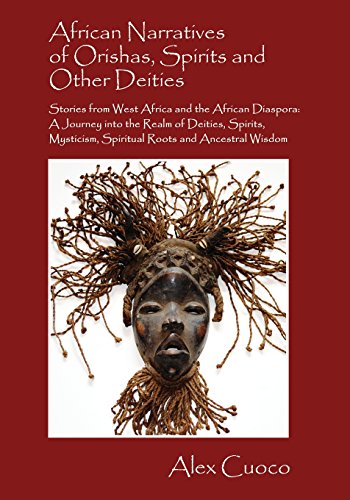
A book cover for African Narratives of Orishas, Spirits and Other Deities - Stories from West Africa and the African Diaspora: A Journey Into the Realm of Deities, SPI; Alex Cuoco; Literature & Fiction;